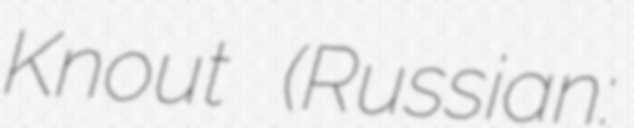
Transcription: Knout (Russian: